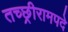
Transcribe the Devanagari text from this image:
तच्छ्रीरामपदे